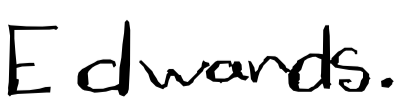
Text: Edwards.
Cross-out: clean
Writing tool: digital_black